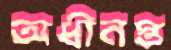
অধীনস্ত